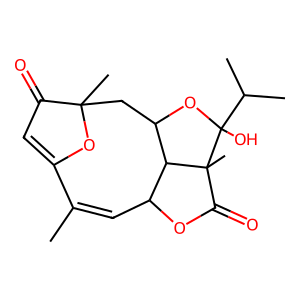
SMILES: CC1=CC2OC(=O)C3(C)C2C(CC2(C)OC1=CC2=O)OC3(O)C(C)C
Inhibits HIV replication: No